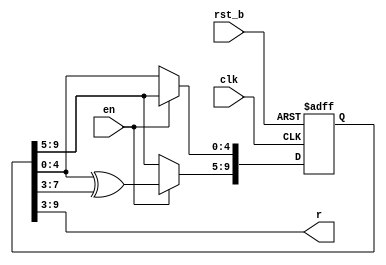
/*
 * Copyright (c) 2024 Eric Fogleman
 * SPDX-License-Identifier: Apache-2.0
 *
 * 10-b LFSR w/ 7 tapped outputs
 * updates 5 states at a time to avoid correlation in tapped bits
 */

module ef_smsdac_lfsr10_7 ( clk, rst_b, en, r );

  input clk;
  input rst_b;
  input en;
  output  [6:0] r;

	reg [9:0] q;
	wire [6:0] r;

	assign r[6:0] = q[9:3];  // tap random bit outputs

	// note:  all zeros is an invalid state; init w/ nonzero state
	always @( posedge clk, negedge rst_b ) begin
		if( rst_b == 1'b0 ) begin
			q[9:1] <= 9'b0;
			q[0] <= 1'b1;
		end
		else begin
			if ( en ) begin
				// jumps 5 states per clock
				// columnwise from left to right
				q[9:5] <= q[4:0] ^ q[7:3];
				q[4:0] <= q[9:5];
			end
		end
	end
	
endmodule